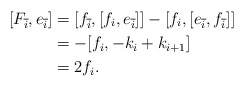
\begin{align*}[F_{\overline{i}}, e_{\overline{i}}] &= [f_{\overline{i}},[f_i, e_{\overline{i}}]] - [f_i, [e_{\overline{i}}, f_{\overline{i}}]]\\&= -[f_i, -k_i + k_{i+1}]\\ &= 2f_i.\end{align*}